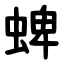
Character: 蜱